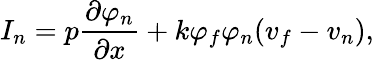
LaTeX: I_{n}=p\frac{\partial\varphi_{n}}{\partial x}+k\varphi_{f}\varphi_{n}(v_{f}-v_{n}),